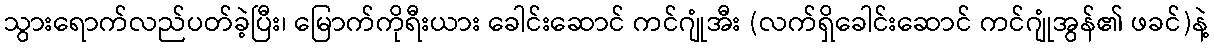
သွားရောက်လည်ပတ်ခဲ့ပြီး၊ မြောက်ကိုရီးယား ခေါင်းဆောင် ကင်ဂျုံအီး (လက်ရှိခေါင်းဆောင် ကင်ဂျုံအွန်၏ ဖခင်)နဲ့